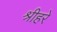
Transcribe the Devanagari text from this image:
श्रीहरे